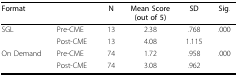
| Format |  | N | Mean Score(out of 5) | SD | Sig. |
 | --- | --- | --- | --- | --- | --- |
 | SGL | Pre-CME | 13 | 2.38 | .768 | .000 |
 |  | Post-CME | 13 | 4.08 | 1.115 |  |
 | On Demand | Pre-CME | 74 | 1.72 | .958 | .000 |
 |  | Post-CME | 74 | 3.08 | .962 |  |